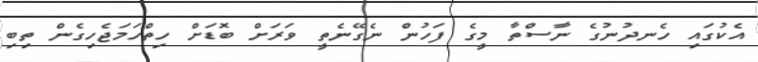
އެކުގައި ހެނދުނުގެ ނާސްތާ މީގެ ފަހުން ނެގޭނެތީ ވަރަށް ބޮޑަށް ހިތްހަމަޖެހިގެން ތިބި